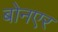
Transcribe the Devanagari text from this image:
बोनएर